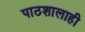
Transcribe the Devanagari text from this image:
पाठशालाही